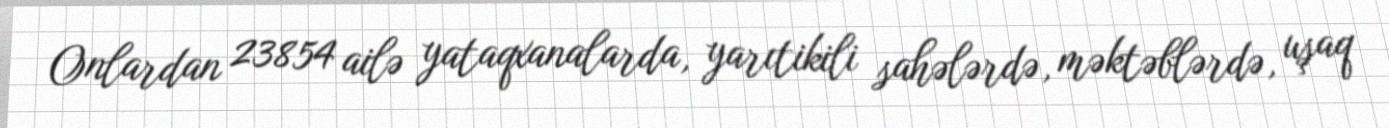
Onlardan 23854 ailə yataqxanalarda, yarıtikili sahələrdə, məktəblərdə, uşaq